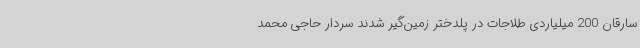
سارقان 200 میلیاردی طلاجات در پلدختر زمین‌گیر شدند سردار حاجی محمد